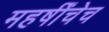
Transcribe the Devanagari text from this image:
महर्षींचेच